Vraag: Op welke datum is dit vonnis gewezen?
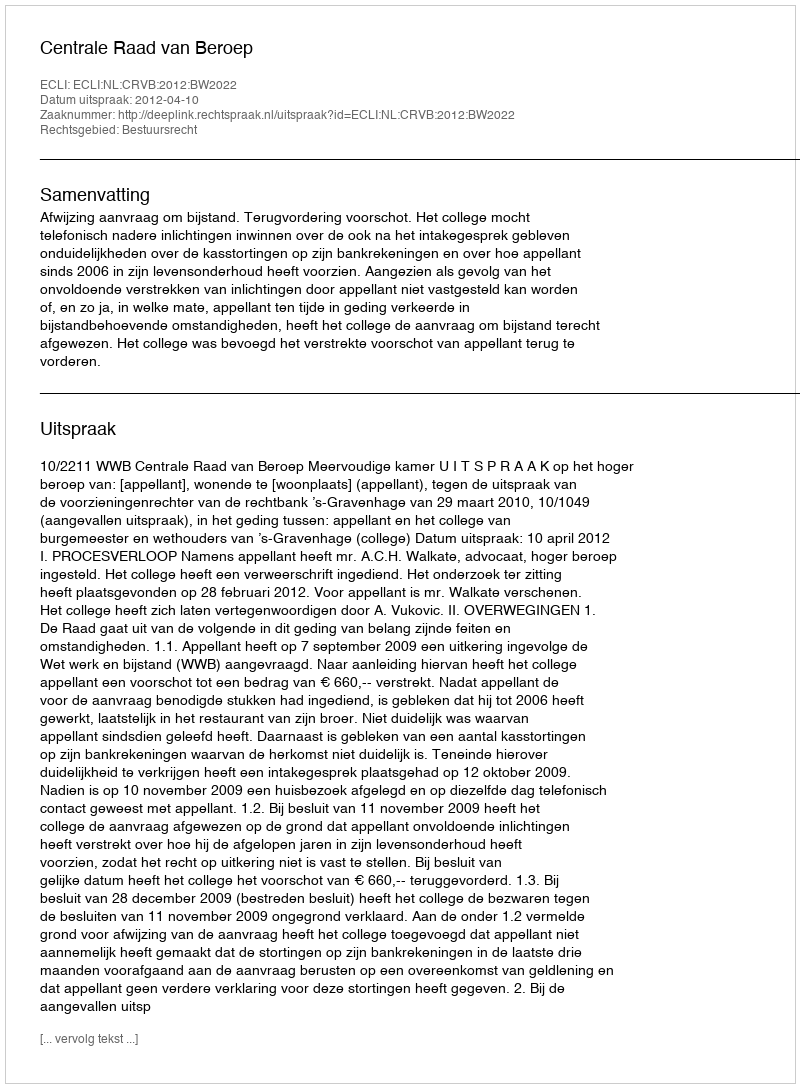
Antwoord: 2012-04-10